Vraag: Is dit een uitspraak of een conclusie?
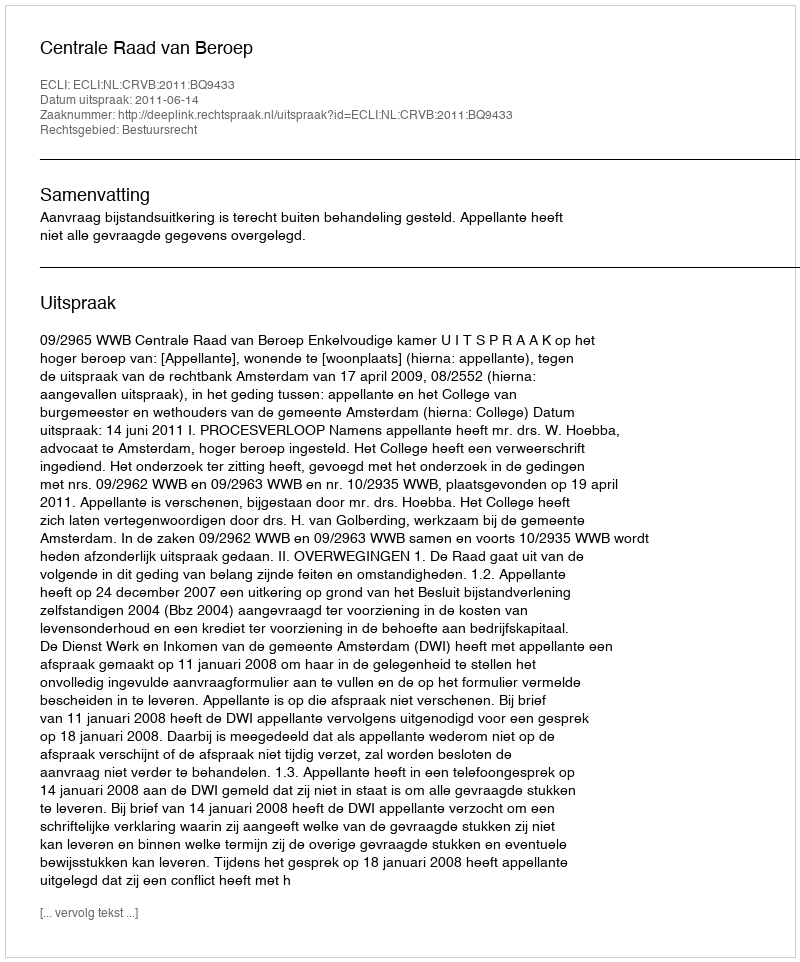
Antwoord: Uitspraak